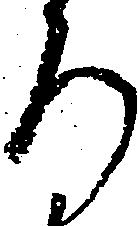
ろ